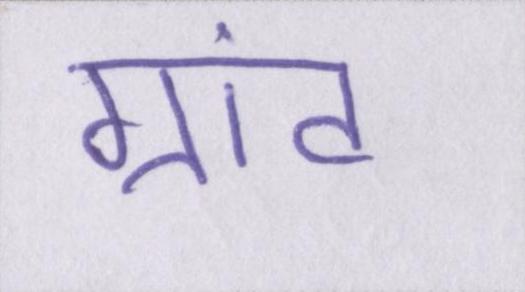
ग्रांट